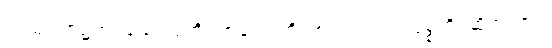
ကာမဂုဏ်၌တပ်သောသူကို။ ဗာလောတိ၊ ဗာလဟူ၍။ ပဝုစ္စတိ၊ ဆိုအပ်၏။